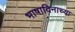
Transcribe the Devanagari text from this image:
भाषादिनाच्या